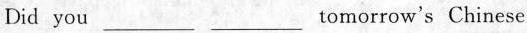
Did you ___ ___tomorrow's Chinese